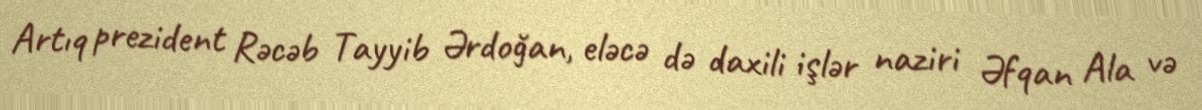
Artıq prezident Rəcəb Tayyib Ərdoğan, eləcə də daxili işlər naziri Əfqan Ala və